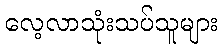
လေ့လာသုံးသပ်သူများ